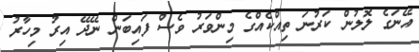
އޭނަގެ ލޮލުން ކަރުނަ ތިއްކެއްގެ މިންވަރު ވެސް ފައިބަން ނޭދޭ އިރު މިހާރު